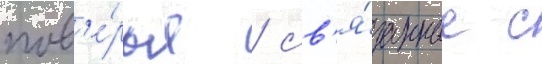
пов'е́рья / св'я́занные с